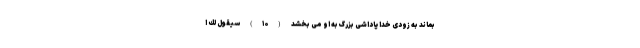
بماند به زودى خدا پاداشى بزرگ به او مى بخشد (۱۰) سَيَقُولُ لَكَ ا